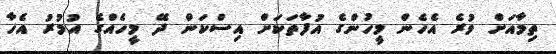
ތިމާއަށް ވުރެ އެހެން މީހުންގެ އުފާތަކަށް އިސްކަން ދޭ މީހެއްގެ އުމުރު އެހާ